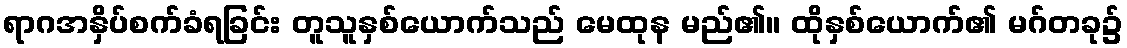
ရာဂအနှိပ်စက်ခံရခြင်း တူသူနှစ်ယောက်သည် မေထုန မည်၏။ ထိုနှစ်ယောက်၏ မဂ်တခု၌